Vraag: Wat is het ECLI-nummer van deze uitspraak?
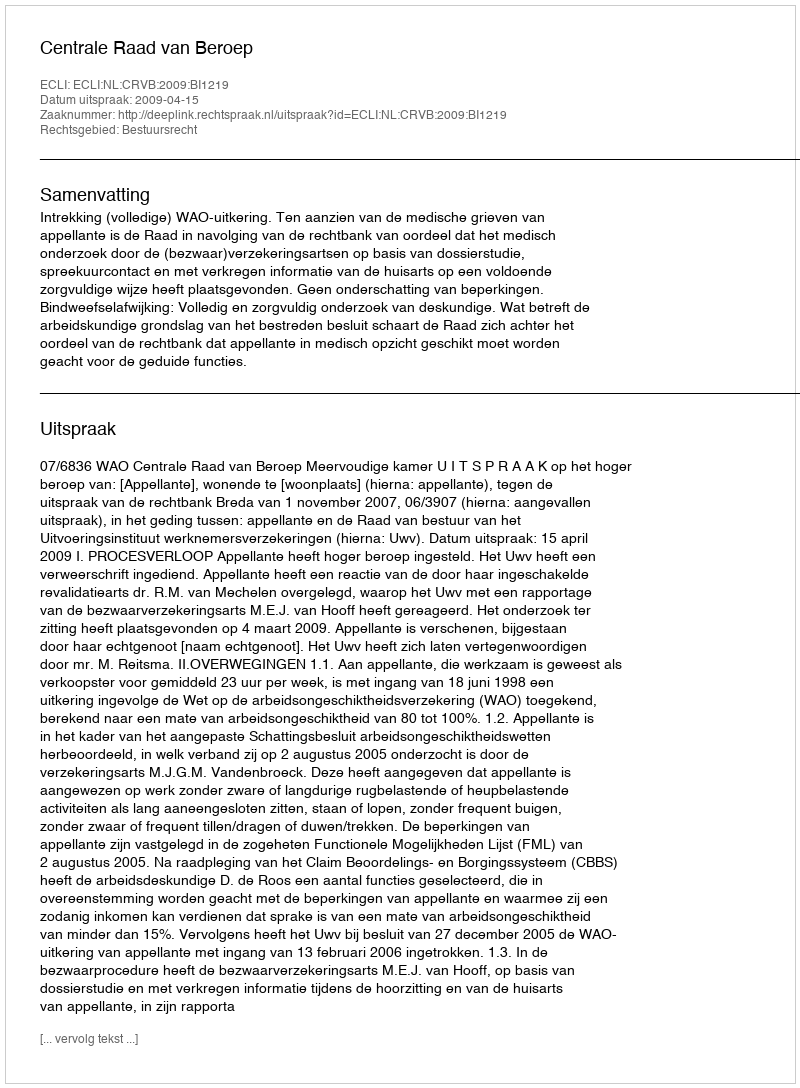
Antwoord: ECLI:NL:CRVB:2009:BI1219